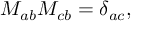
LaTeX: M _ { a b } M _ { c b } = \delta _ { a c } ,